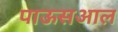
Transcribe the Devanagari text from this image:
पाऊसआल